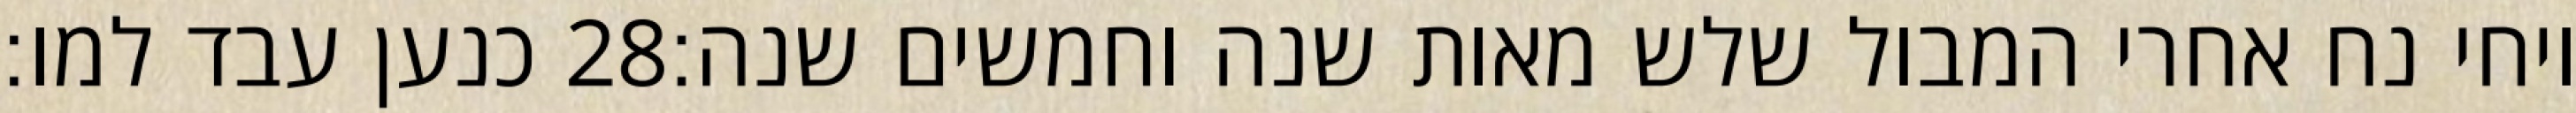
כנען עבד למו׃ ‎28‏ ויחי נח אחרי המבול שלש מאות שנה וחמשים שנה׃